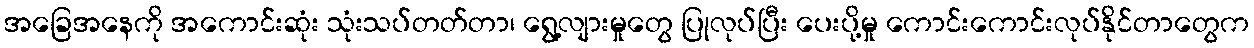
အခြေအနေကို အကောင်းဆုံး သုံးသပ်တတ်တာ၊ ရွေ့လျားမှုတွေ ပြုလုပ်ပြီး ပေးပို့မှု ကောင်းကောင်းလုပ်နိုင်တာတွေက